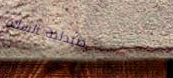
صيدلية السلام